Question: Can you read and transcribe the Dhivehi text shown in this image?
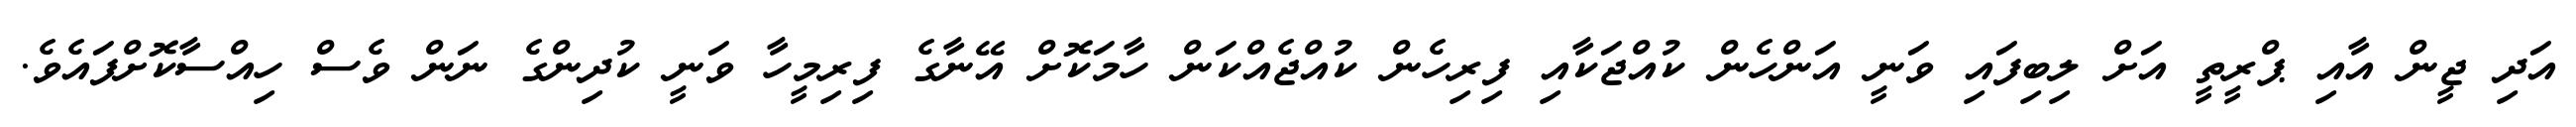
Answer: އަދި ޖީން އާއި ޕްރީތީ އަށް ލިބިފައި ވަނީ އަންހެން ކުއްޖަކާއި ފިރިހެން ކުއްޖެއްކަން ހާމަކޮށް އޭނާގެ ފިރިމީހާ ވަނީ ކުދިންގެ ނަން ވެސް ހިއްސާކޮށްފައެވެ.